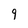
Character: 9